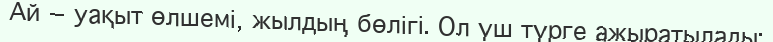
Ай — уақыт өлшемі, жылдың бөлігі. Ол үш түрге ажыратылады: